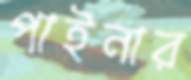
পাইনার